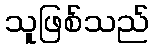
သူဖြစ်သည်